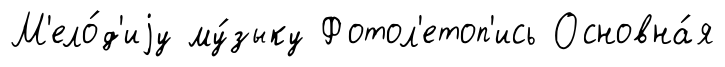
М'ело́д'иjу му́зыку Фотол'етоп'ись Основна́я